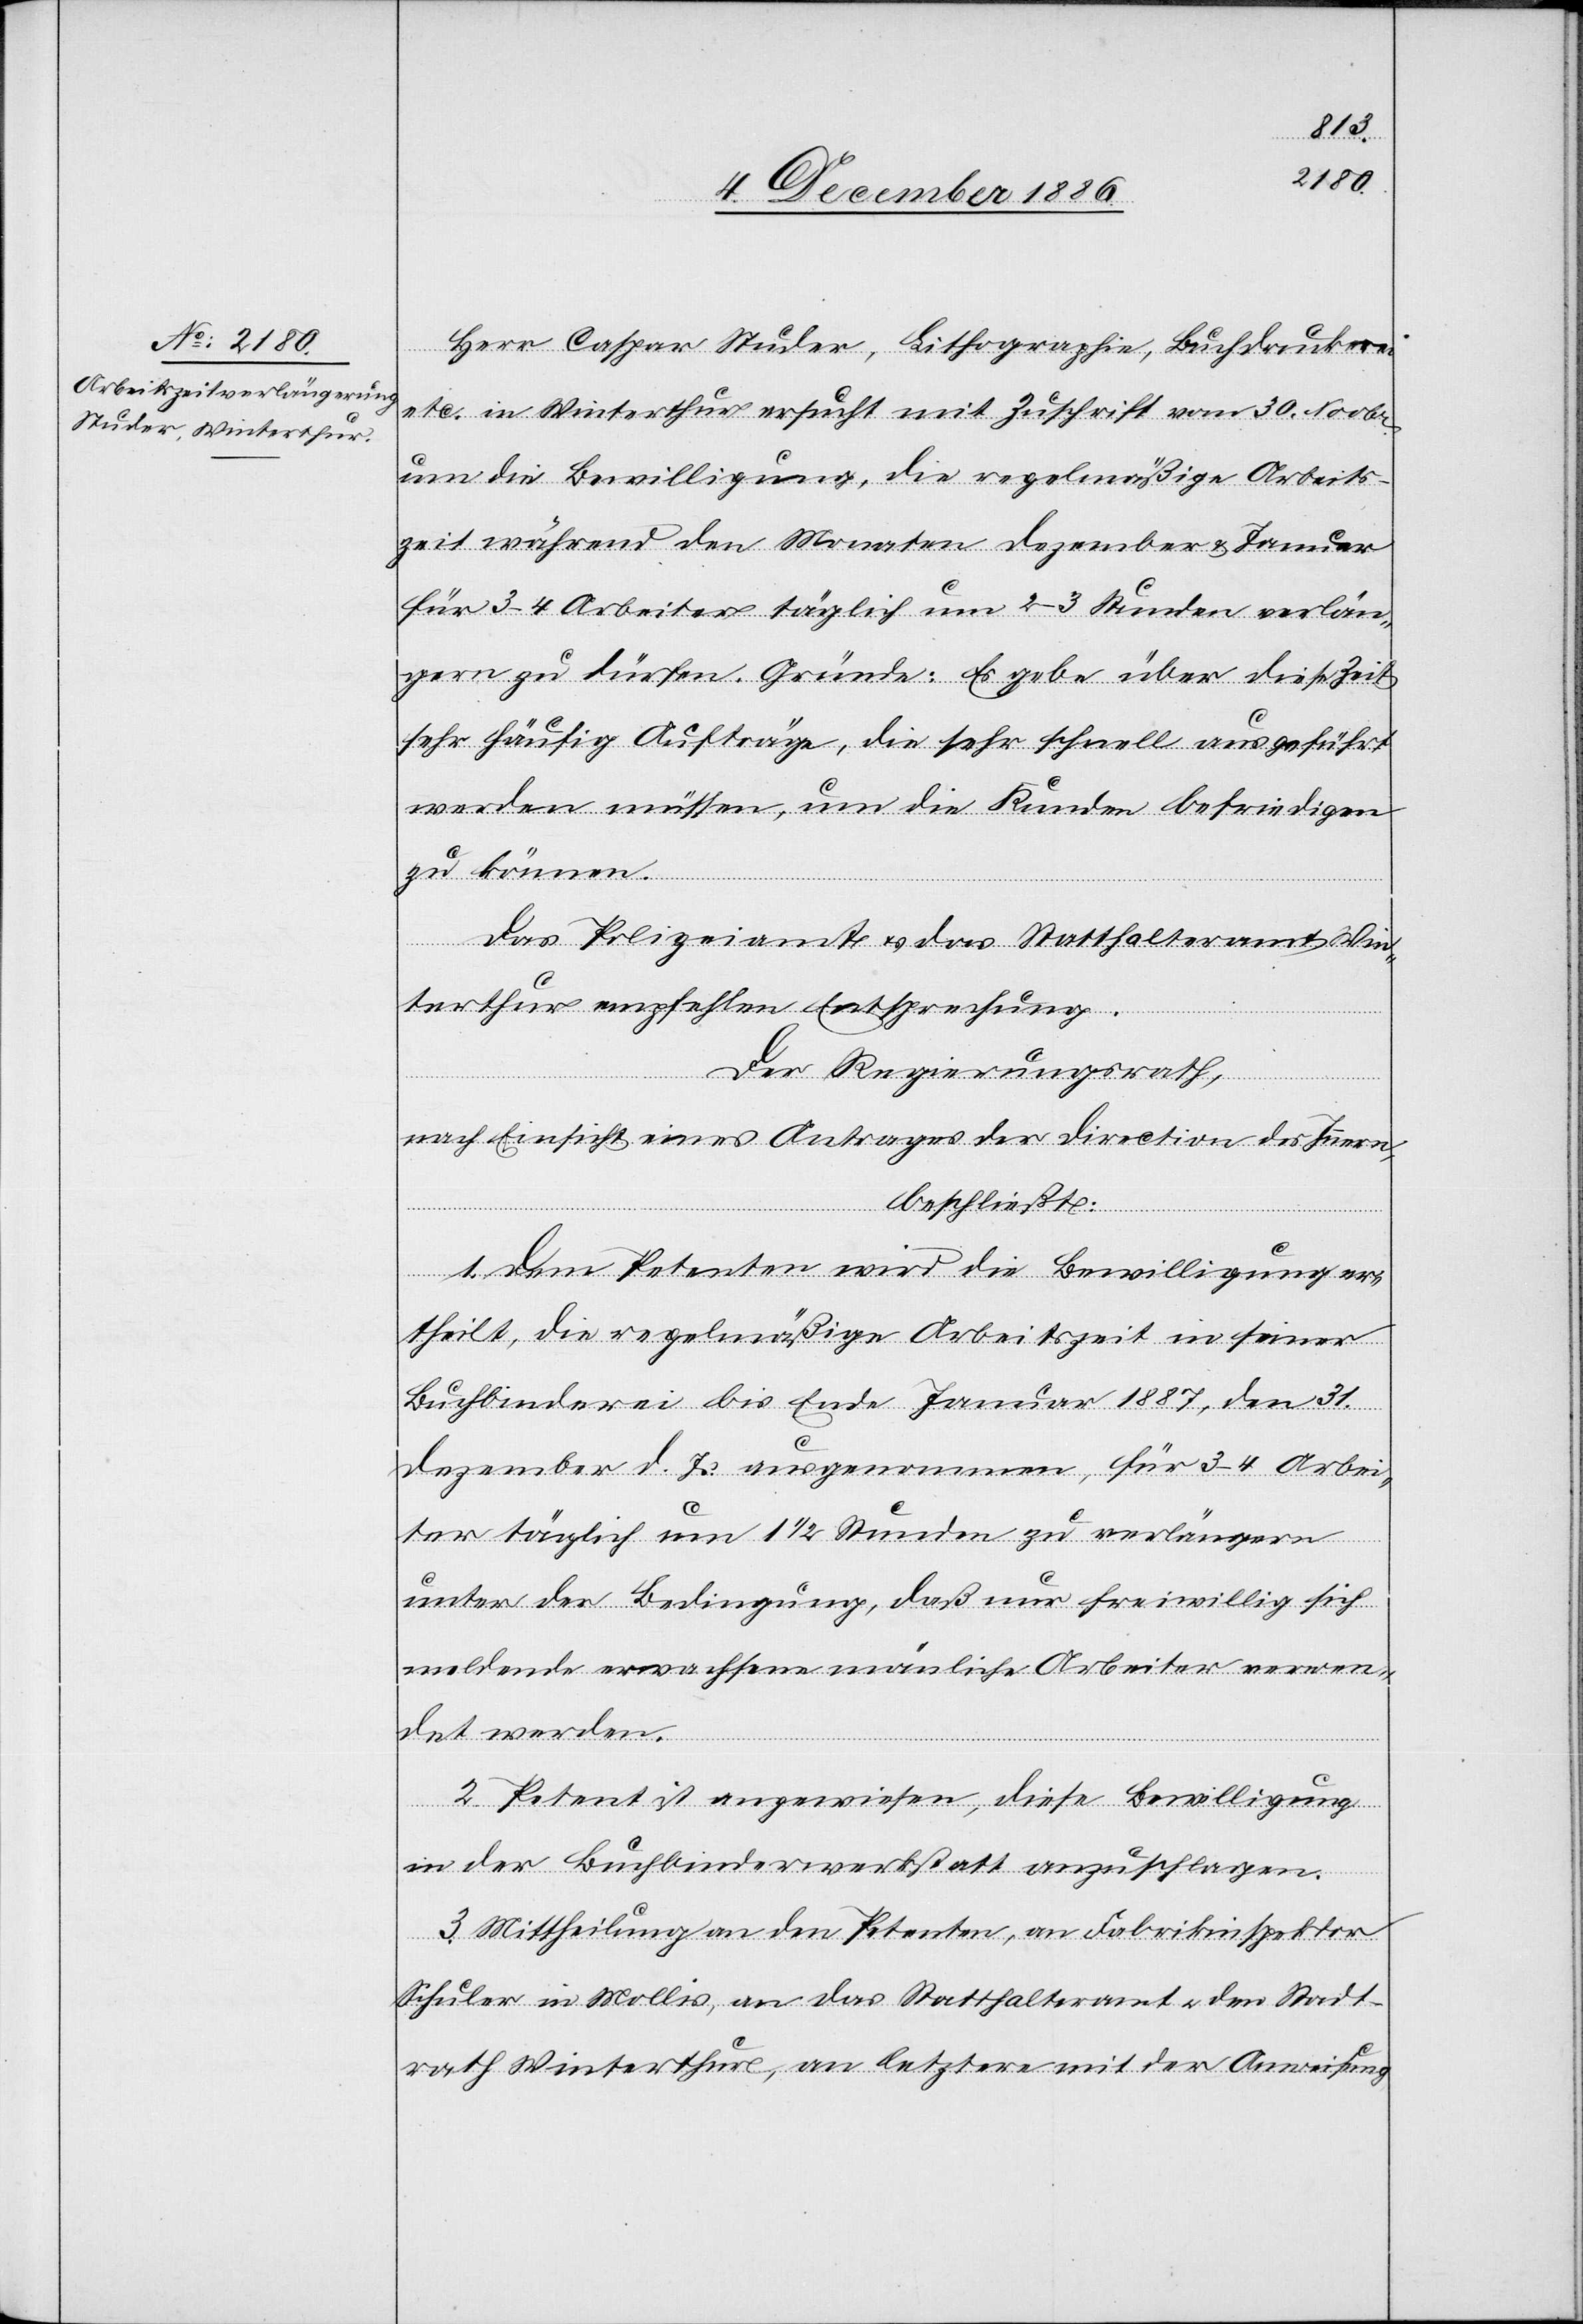
Herr Caspar Studer, Lithographie, Buchdruckerei
etc. in Winterthur ersucht mit Zuschrift vom 30. Novbr.
um die Bewilligung, die regelmäßige Arbeits¬
zeit während den Monaten Dezember & Januar
für 3–4 Arbeiter täglich um 2–3 Stunden verlän¬
gern zu dürfen. Gründe: Es gebe über diese Zeit
sehr häufig Aufträge, die sehr schnell ausgeführt
werden müssen, um die Kunden befriedigen
zu können.
Das Polizeiamt & das Statthalteramt Win¬
terthur empfehlen Entsprechung.
Der Regierungsrath,
nach Einsicht eines Antrages der Direction des Innern,
beschließt:
1. Dem Petenten wird die Bewilligung er¬
theilt, die regelmäßige Arbeitszeit in seiner
Buchbinderei bis Ende Januar 1887, den 31.
Dezember d. Js. ausgenommen, für 3–4 Arbei¬
ter täglich um 1 1/2 Stunden zu verlängern
unter der Bedingung, daß nur freiwillig sich
meldende erwachsene män[n]liche Arbeiter verwen¬
det werden.
2. Petent ist angewiesen, diese Bewilligung
in der Buchbinderwerkstatt anzuschlagen.
3. Mittheilung an den Petenten, an Fabrikinspektor
Schuler in Mollis, an das Statthalteramt & den Stadt¬
rath Winterthur, an letztere mit der Anweisung